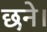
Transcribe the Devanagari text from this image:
छने।